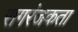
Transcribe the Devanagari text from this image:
रागरंजकता